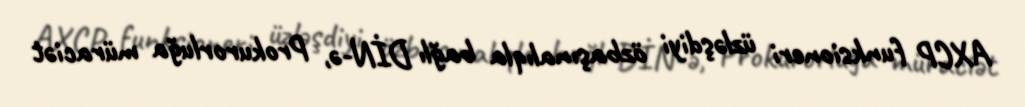
AXCP funksioneri üzləşdiyi özbaşınalıqla bağlı DİN-ə, Prokurorluğa müraciət